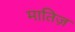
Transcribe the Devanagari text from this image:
मातिज़